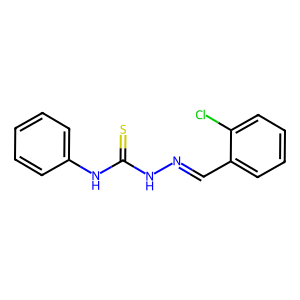
SMILES: S=C(NN=Cc1ccccc1Cl)Nc1ccccc1
Inhibits HIV replication: No